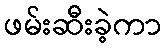
ဖမ်းဆီးခဲ့ကာ